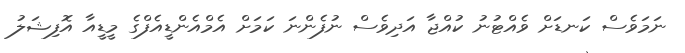
ނަމަވެސް ކަނޑަށް ވެއްޓުނު ކުއްޖާ އަދިވެސް ނުފެންނަ ކަމަށް އެމްއެންޑީއެފްގެ މީޑީއާ އޮފިޝަލު